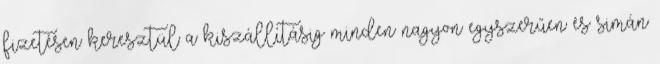
fizetésen keresztül a kiszállításig minden nagyon egyszerűen és simán